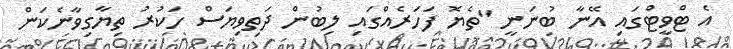
އެ ޓްވީޓްގައި އޭނާ ބުނަނީ "ތެޔޮ ފަހަރެއްގައި ލިބުން ދަތިވިޔަސް ހަކުރު ތިޔާގިވާނެކަން